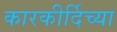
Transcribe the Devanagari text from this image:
कारकीर्दिच्या